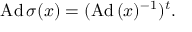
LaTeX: \displaystyle { \mathrm { A d } \, \sigma ( x ) = ( \mathrm { A d } \, ( x ) ^ { - 1 } ) ^ { t } . }